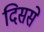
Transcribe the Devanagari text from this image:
दिससे